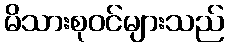
မိသားစုဝင်များသည်